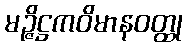
မဉ္ဇိဋ္ဌကဝိမာနဝတ္ထု